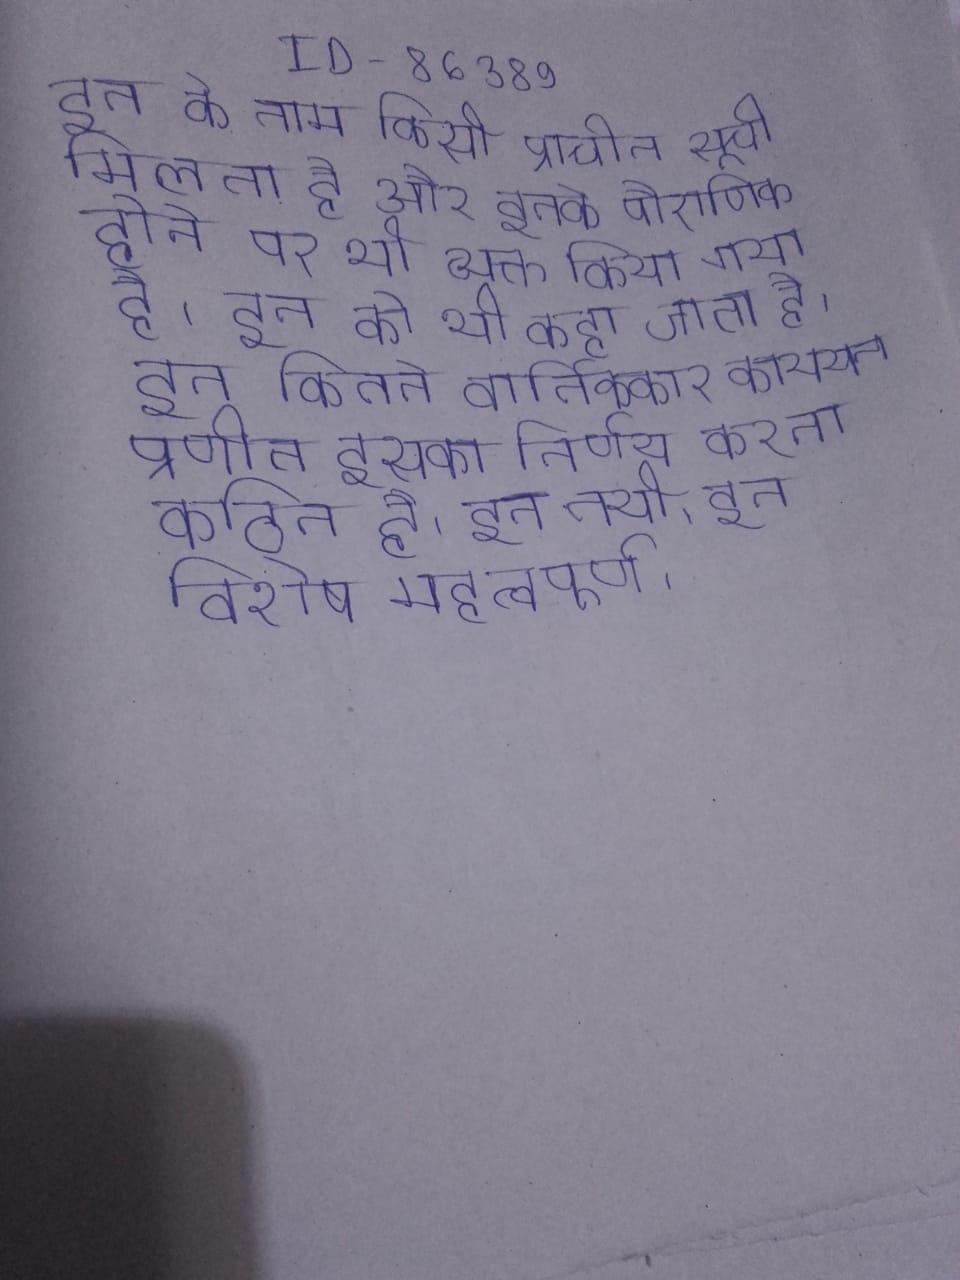
इन के नाम किसी प्राचीन सूची मिलता है और इनके पौराणिक होने पर भी व्यक्त किया गया है । इन को भी कहा जाता है । इन कितने वार्तिककार कात्यायन प्रणीत इसका निर्णय करना कठिन है । इन नयी । इन विशेष महत्वपूर्ण ।